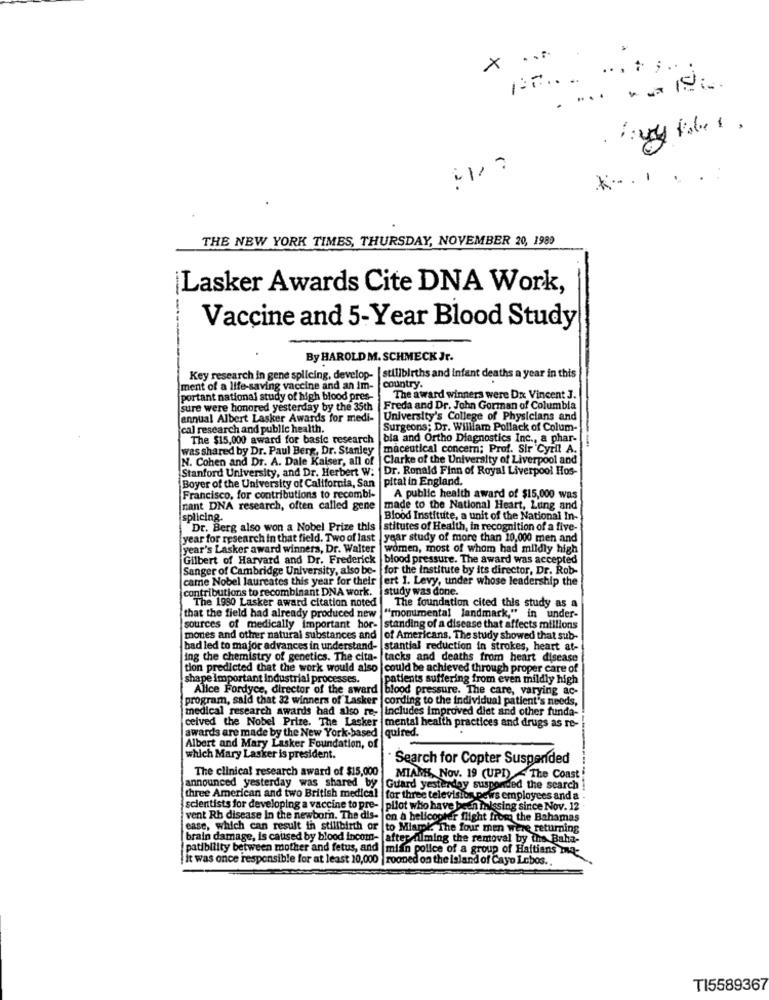
X ...
*... . . :
THE NEW YORK TIMES, THURSDAY, NOVEMBER 20, 1989
Lasker Awards Cite DNA Work,
Vaccine and 5-Year Blood Study
By HAROLD M. SCHMECK Jr.
Key research in gene splicing, develop-
stillbirths and infant deaths a year in this
ment of a life-saving vaccine and an im-
country.
portant national study of high blood pres-
The award winners were Dn Vincent 3.
sure were honored yesterday by the 35th
Freda and Dr. John Gorman of Columbia
[annual Albert Lasker Awards for medi-
University's College of Physicians and
cal research and public health.
Surgeons; Dr. William Pollack of Colum-
The $15,000 award for basic research bia and Ortho Diagnostics Inc ., a phar-
was shared by Dr. Paul Berg, Dr. Stanley
maceutical concern; Prof. Sir 'Cyril A.
N. Cohen and Dr. A. Dale Kaiser, all of
Clarke of the University of Liverpool and
Stanford University, and Dr. Herbert W: |Dr. Ronald Finn of Royal Liverpool Hos-
Boyer of the University of California, San |pitat in England.
Francisco, for contributions to recombi-
A public health award of $15,000 was
nant DNA research, often called gene
made to the National Heart, Lung and
splicing.
Blood Institute, a unit of the National In-
Dr. Berg also won a Nobel Prize this
stitutes of Health, in recognition of a five-
year for research in that field. Two of last
year study of more than 10,000 men and
year's Lasker award winners, Dr. Walter
women, most of whom had mildly high
Gilbert of Harvard and Dr. Frederick
blood pressure. The award was accepted
Sanger of Cambridge University, also be-
for the institute by its director, Dr. Rob-
came Nobel laureates this year for their
ert 1. Levy, under whose leadership the
contributions to recombinant DNA work.
study was done.
The 1980 Lasker award citation noted
The foundation cited this study as a
that the field had already produced new |"momimental landmark," in under-
sources of medically important hor-
standing of a disease that affects millions
mones and other natural substances and
of Americans. The study showed that sub-
bad led to major advances in understand-
stantial reduction in strokes, heart at-
ing the chemistry of genetics. The cita- tacks and deaths from heart disease
tion predicted that the work would also |could be achieved through proper care of
shape Important industrial processes.
patients suffering from even mildly high
Alice Fordyce, director of the award |blood pressure. The care, varying ac-
program, sald that 32 winners of Lasker |cording to the individual patient's needs,
medical research awards had also re-
Includes improved diet and other funda-
ceived the Nobel Prize. The Lasker
awards are made by the New York-based
mental health practices and drugs as re-
quired.
Albert and Mary Lasker Foundation, of
which Mary Lasker is president.
. Search for Copter Suspended
The clinical research award of $15,000
announced yesterday was shared by
MIANK Nov. 19 (UPI) - The Coast
Guard yesterday suspended the search
three American and two British medical |for three television pews employees and a .
scientists for developing a vaccine to pre- | pilot who have been missing since Nov. 12
vent Rh disease In the newborn. The dis- on a helicopter flight from the Bahamas
ease, which can result in stillbirth or
to Miami. The four men were returning
brain damage, is caused by blood incom- afterfilming the removal by tins Baha-
patibility between mother and fetus, and |mian police of a group of Haitians mq-
it was once responsible for at least 20,000 | rooned on the island of Cayo Lobos ..
TI5589367